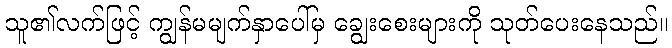
သူ၏လက်ဖြင့် ကျွန်မမျက်နှာပေါ်မှ ချွေးစေးများကို သုတ်ပေးနေသည်။